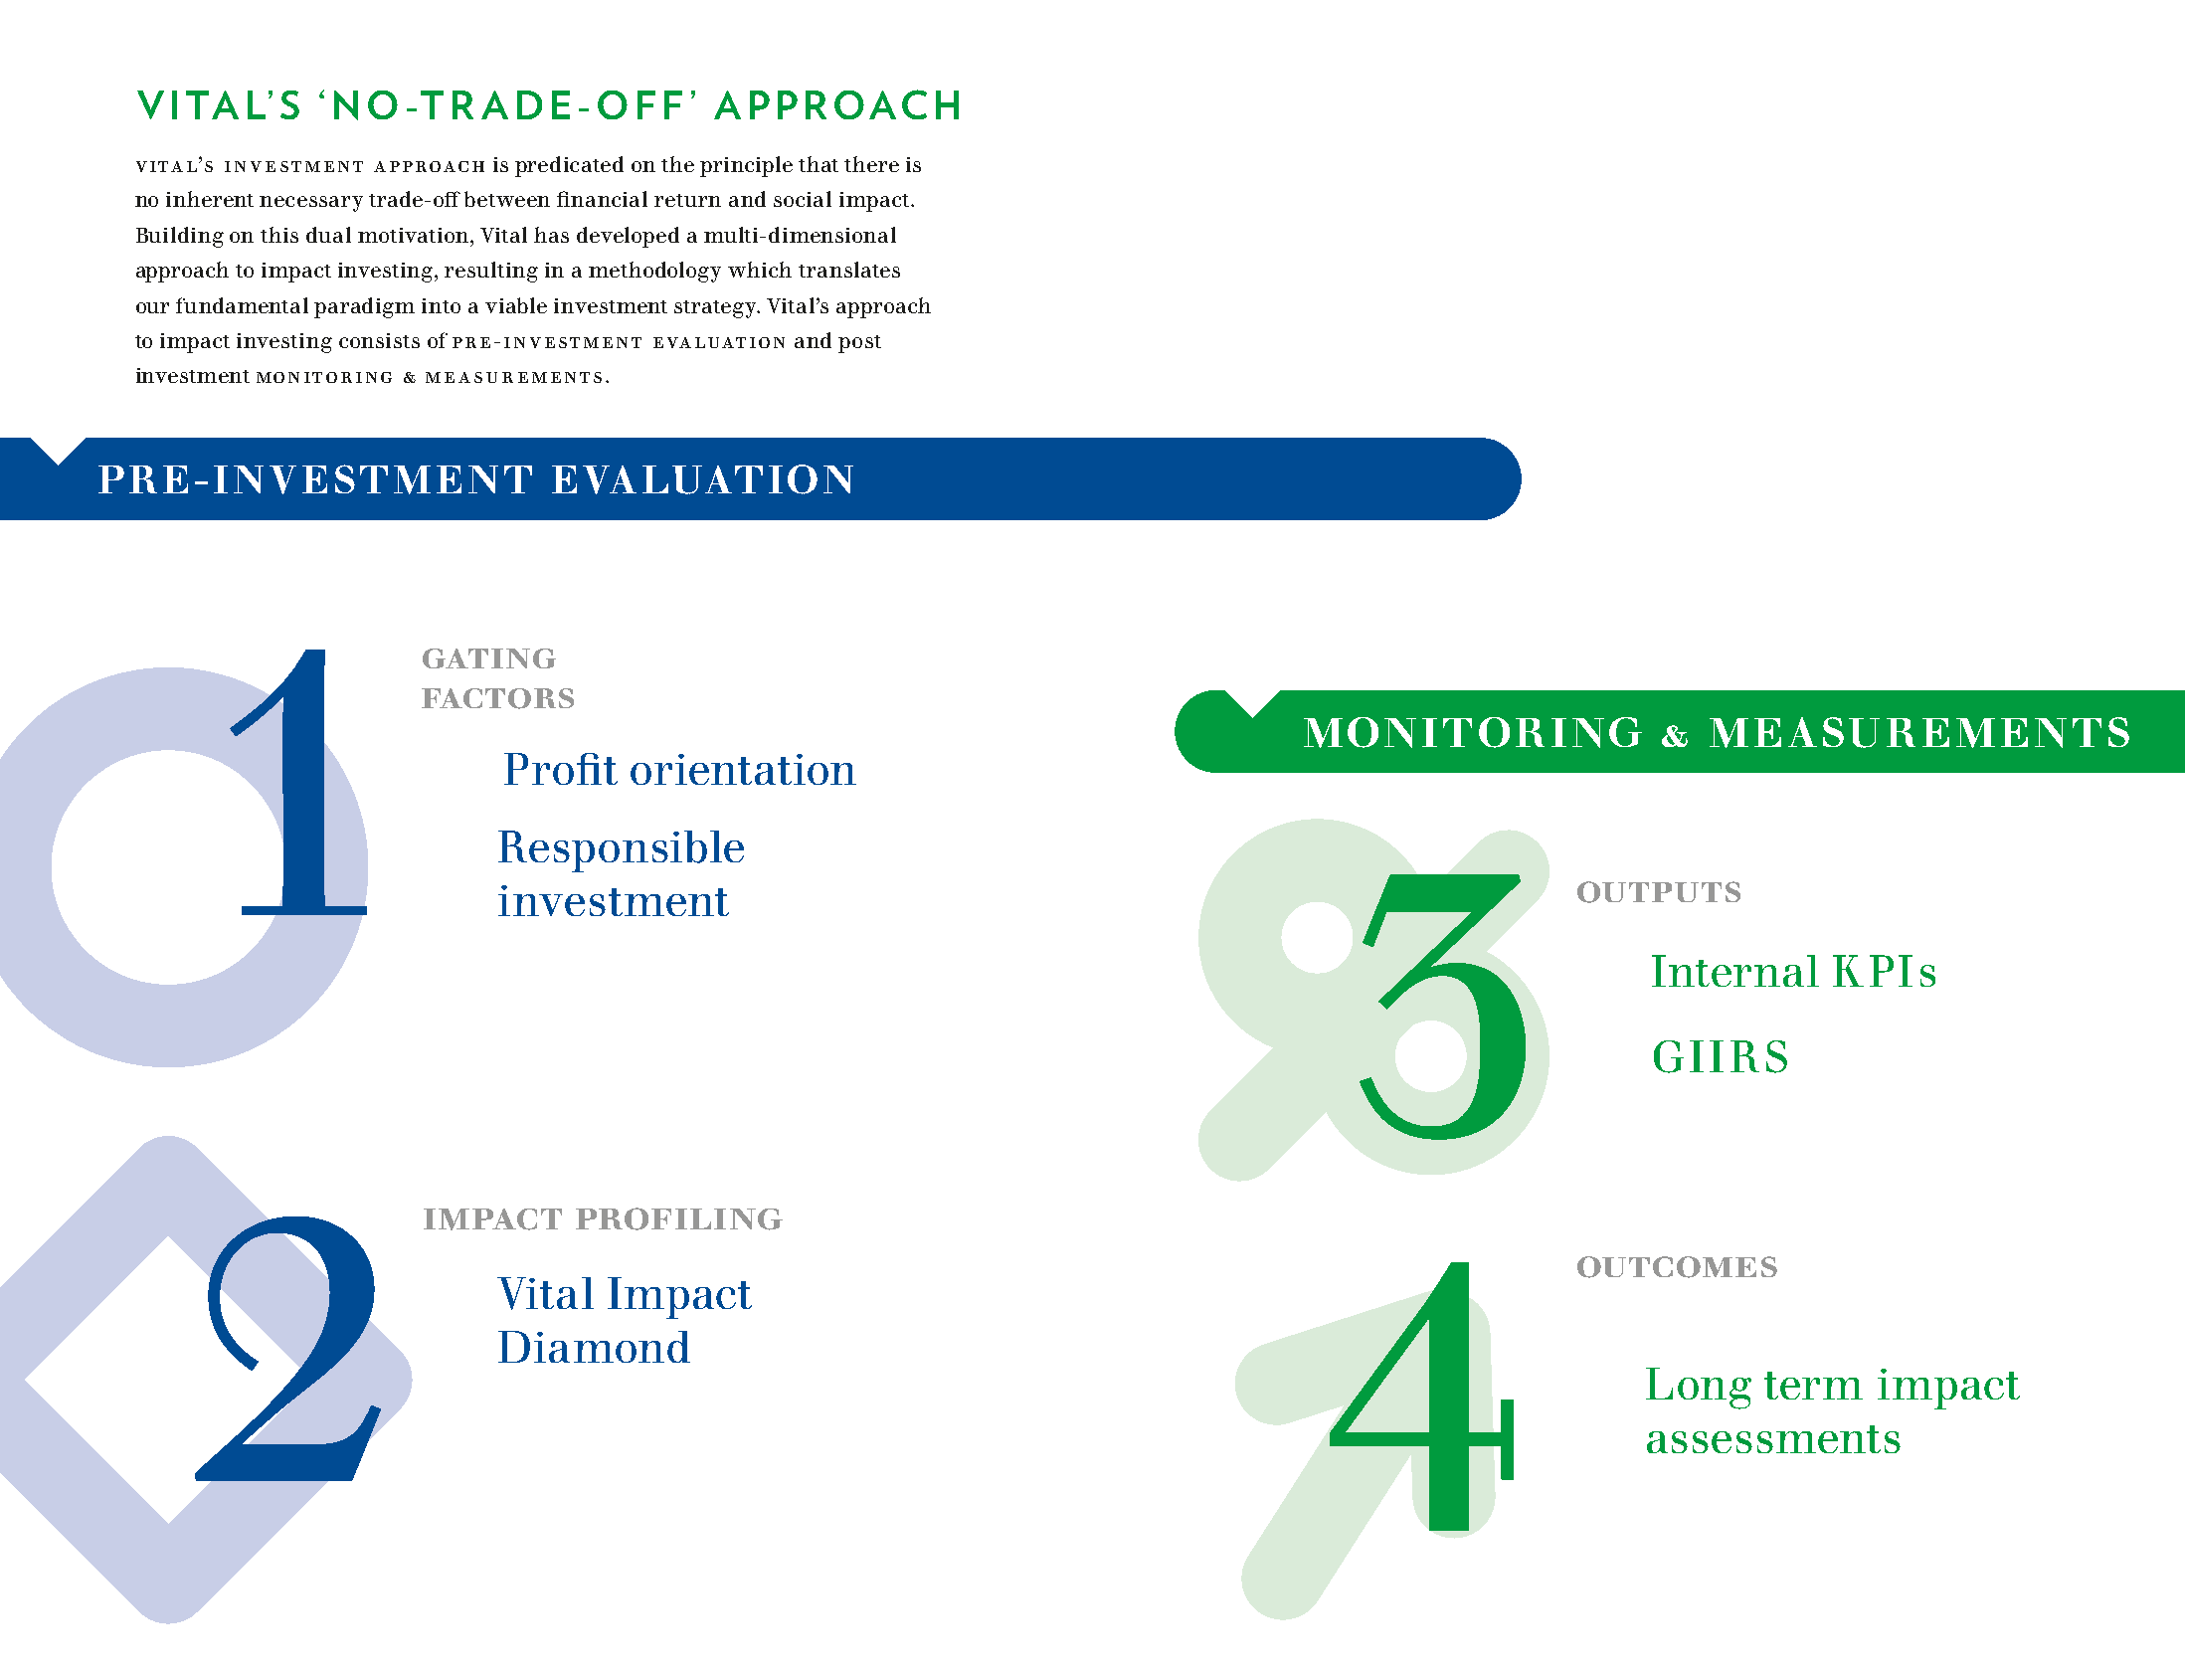
VITAL’S     ‘NO-TR     ADE-OFF’        APPROACH
 Vital’s investment approach is predicated on the principle that there is
 no inherent necessary trade-off between financial return and social impact.
 Building on this dual motivation, Vital has developed a multi-dimensional
 approach to impact investing, resulting in a methodology which translates
 our fundamental paradigm into a viable investment strategy. Vital’s approach
 to impact investing consists of PRE-INVESTMENT EVALUATION and post
 investment MONITORING & MEASUREMENTS.
 PRE-INVESTMENT                 EVALUATION
 1            gating
 factors
 MONITORING              &  MEASUREMENTS
 Profit  orientation
 Responsible
 3
 outputs
 investment
 Internal    KPIs
 GIIRS
 2              impact    profiling
 4                outcomes
 Vital  Impact
 Diamond
 Long   term    impact
 assessments